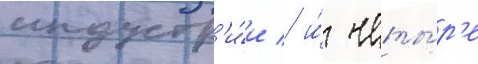
индустр'и́и / и́ четы́р'е